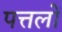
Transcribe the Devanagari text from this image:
पत्तलों